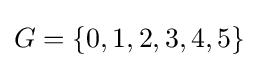
G=\left\{0,1,2,3,4,5\right\}